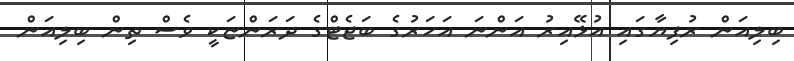
ބިލިއަން ރުފިޔާގައި އުޅޭއިރު އަންނަ އަހަރުގެ ބަޖެޓްގެ ދަރަންޏަކީ ވެސް ތިން ބިލިއަން